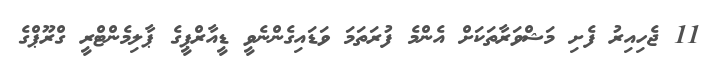
11 ޖެހިއިރު ފެށި މަޝްވަރާތަކަށް އެންމެ ފުރަތަމަ ވަޑައިގެންނެވީ ޑީއާރްޕީގެ ޕާލިމެންޓްރީ ގްރޫޕްގެ